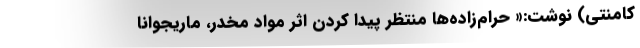
کامنتی) نوشت:« حرام‌زاده‌ها منتظر پیدا کردن اثر مواد مخدر، ماریجوانا